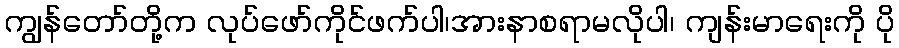
ကျွန်တော်တို့က လုပ်ဖော်ကိုင်ဖက်ပါ၊အားနာစရာမလိုပါ၊ ကျန်းမာရေးကို ပို